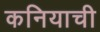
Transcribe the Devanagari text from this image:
कनियाची